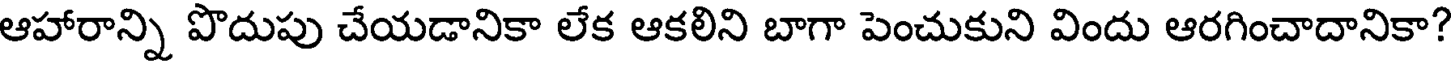
ఆహారాన్ని పొదుపు చేయడానికా లేక ఆకలిని బాగా పెంచుకుని విందు ఆరగించాదానికా?